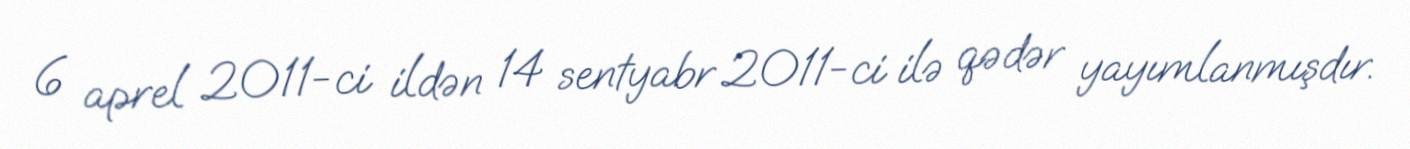
6 aprel 2011-ci ildən 14 sentyabr 2011-ci ilə qədər yayımlanmışdır.